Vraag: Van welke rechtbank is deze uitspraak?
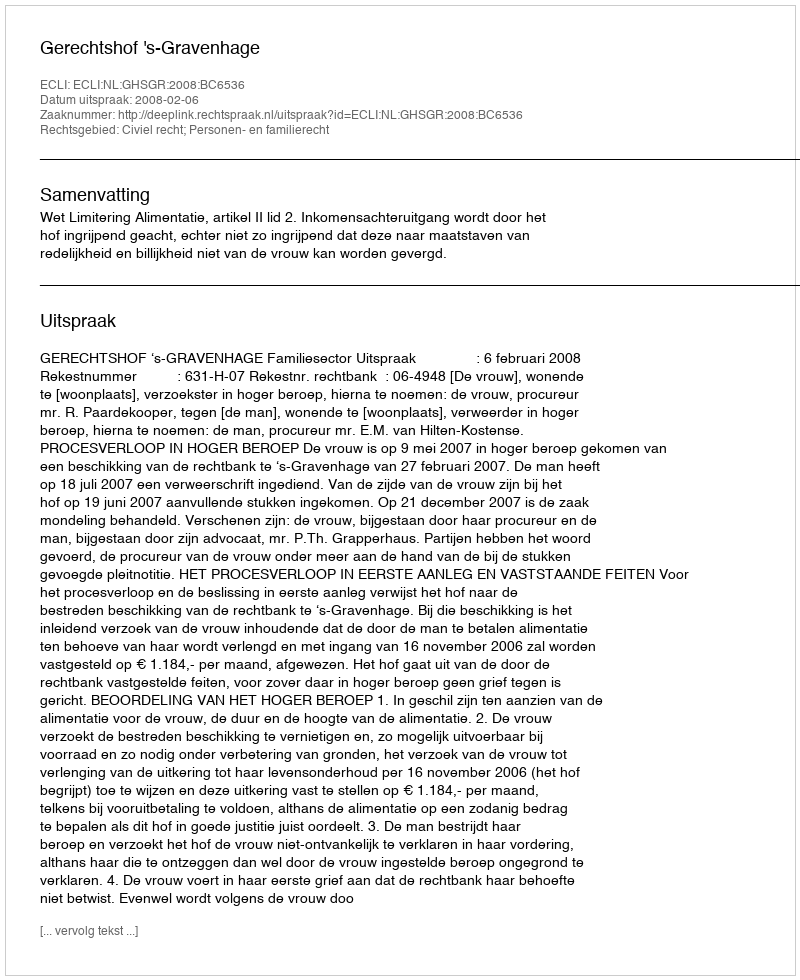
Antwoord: Gerechtshof 's-Gravenhage